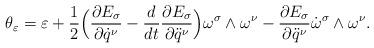
LaTeX: \begin{gather*}\theta_\varepsilon = \varepsilon + \frac{1}{2} \Bigl( \frac{\partial E_\sigma}{\partial \dot q^\nu}- \frac{d}{dt} \frac{\partial E_\sigma}{\partial \ddot q^\nu} \Bigr) \omega^\sigma \land \omega^\nu - \frac{\partial E_\sigma}{\partial \ddot q^\nu} \dot \omega^\sigma \land \omega^\nu.\end{gather*}